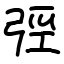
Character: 弳